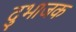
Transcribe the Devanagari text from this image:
दुभाजक